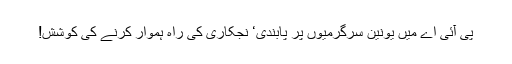
پی آئی اے میں یونین سرگرمیوں پر پابندی‘ نجکاری کی راہ ہموار کرنے کی کوشش!